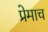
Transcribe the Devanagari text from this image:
प्रेमाच